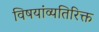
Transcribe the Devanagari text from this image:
विषयांव्यतिरिक्त